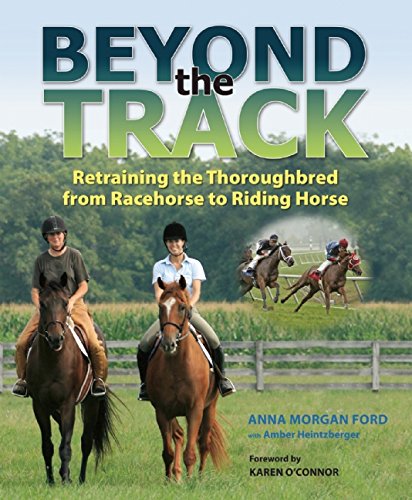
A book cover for Beyond the Track: Retraining the Thoroughbred from Racecourse to Riding Horse; Anna Morgan Ford; Crafts, Hobbies & Home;